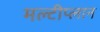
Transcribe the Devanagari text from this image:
मल्टीप्लान